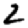
Digit: 2